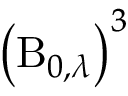
\left( \operatorname { B } _ { 0 , \lambda } \right) ^ { 3 }